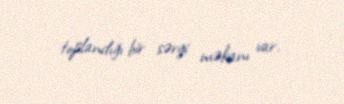
toplandığı bir sərgi məkanı var.